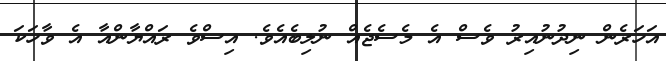
އަހަރެން ނިދުނުއިރު ވެސް އެ މެސެޖެއް ނުލިބެއެވެ. އިސްވެ ރައްޔާންއާ އެ ވާހަކަ